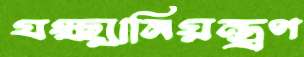
যক্ষ্মানিয়ন্ত্রণ